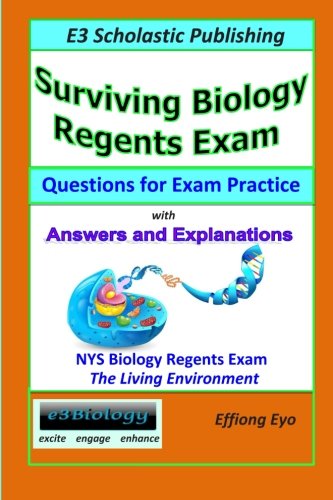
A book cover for Surviving Biology Regents Exam: Questions for Exam Practice: 30 Days of Practice Question Sets for NYS Biology Regents Exam; Effiong Eyo; Test Preparation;